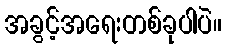
အခွင့်အရေးတစ်ခုပါပဲ။